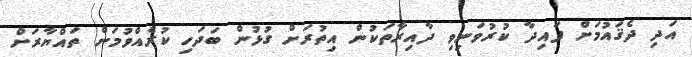
އަދި ދެޤައުމަށް ފައިދާ ކުރުވަނިވި ދާއިރާތަކުން އިތުރަށް ގުޅުން ބަދަހި ކުރެއްވުމަށް ތައްޔާރަށް